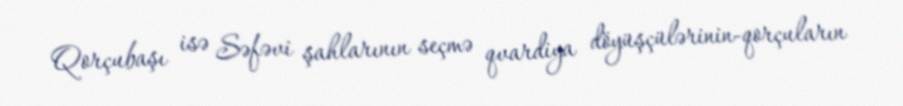
Qorçubaşı isə Səfəvi şahlarının seçmə qvardiya döyüşçülərinin-qorçuların